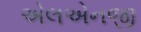
એલએનજી